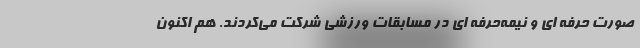
صورت حرفه ای و نیمه‌حرفه ای در مسابقات ورزشی شرکت می‌کردند. هم اکنون